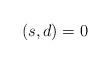
LaTeX: \begin{align*}(s,d) = 0 \\\end{align*}